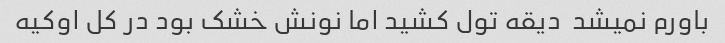
باورم نمیشد  دیقه تول کشید اما نونش خشک بود در کل اوکیه